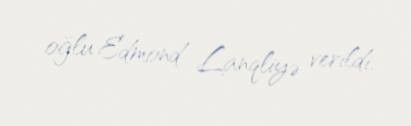
oğlu Edmond Lanqliyə verildi.